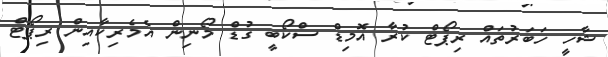
ޝާހީ ހަބަރުތައް ރިޕޯޓް ކުރާ އޮމިޑް ސްކޯބީ ގުޑް މޯނިން އެމެރިކާއިން ރިޕޯޓް